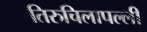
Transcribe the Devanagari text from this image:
तिरुचिलापल्ली